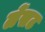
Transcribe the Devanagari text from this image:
लेंसट